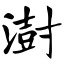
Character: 澍